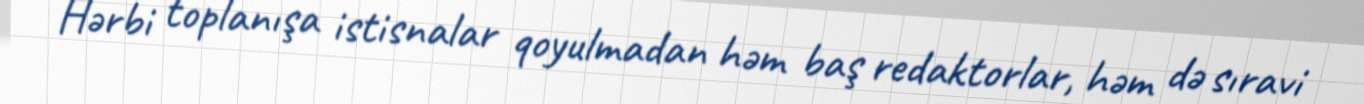
Hərbi toplanışa istisnalar qoyulmadan həm baş redaktorlar, həm də sıravi